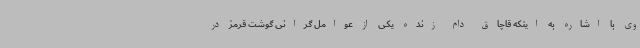
وی با اشاره به اینکه قاچاق دام زنده یکی از عوامل گرانی گوشت قرمز در